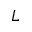
L